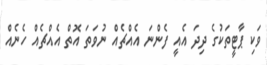
ވަކި ޕާޓީތަކުގެ ދިދަ އެއީ ފެންނަ އެއްޗެއް ނުވަތަ އޮތް އެއްޗެއް ހެނެއް